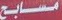
مسابح